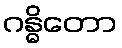
ဂန္ဓိတော